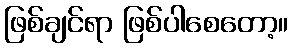
ဖြစ်ချင်ရာ ဖြစ်ပါစေတော့။